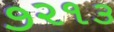
૭૨૧૩